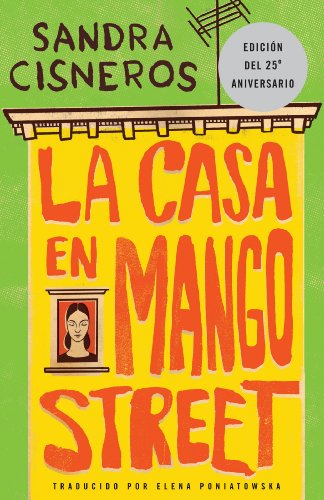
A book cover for La Casa en Mango Street; Sandra Cisneros; Literature & Fiction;